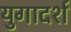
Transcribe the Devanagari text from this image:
युगादर्श